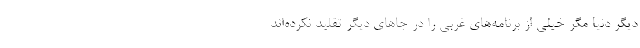
دیگر دنیا مگر خیلی از برنامه‌های غربی را در جاهای دیگر تقلید نکرده‌اند